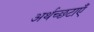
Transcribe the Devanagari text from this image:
अर्थच्छटाएँ